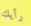
رأيك